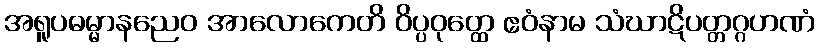
အရူပဓမ္မာနညေဝ အာလောကေတိ ဝိပ္ပဝုတ္ထေ ဧဝံနာမ သံဃာဋိပတ္တဂ္ဂဟဏံ